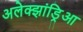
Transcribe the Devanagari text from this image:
अलेक्झांड्रिआ